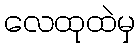
လေထုထဲမှ